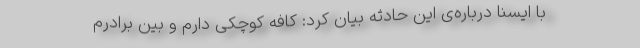
با ایسنا درباره‌ی این حادثه بیان کرد: کافه کوچکی دارم و بین برادرم